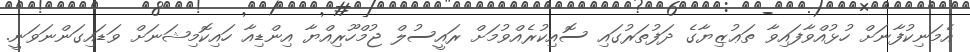
އެމަނިކުފާނަށް ހުޅުއްވާފައިވާ ތަޢުޒިޔާގެ ދަފުތަރުގައި ސޮއިކުރެއްވުމަށް ރައީސުލް ޖުމްހޫރިއްޔާ އިންޑިއާ ހައިކޮމިޝަނަށް ވަޑައިގަންނަވަނީ.